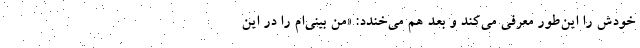
خودش را این‌طور معرفی می‌کند و بعد هم می‌خندد: «من بینی‌ام را در این